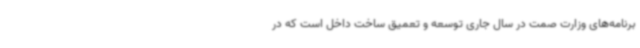
برنامه‌های وزارت صمت در سال جاری توسعه و تعمیق ساخت داخل است که در